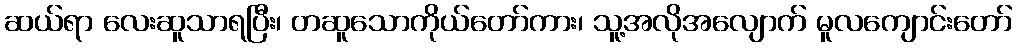
ဆယ်ရာ လေးဆူသာရပြီး၊ တဆူသောကိုယ်တော်ကား၊ သူ့အလိုအလျောက် မူလကျောင်းတော်